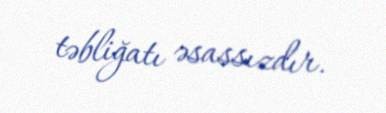
təbliğatı əsassızdır.